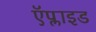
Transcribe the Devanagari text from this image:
ऍप्लाइड